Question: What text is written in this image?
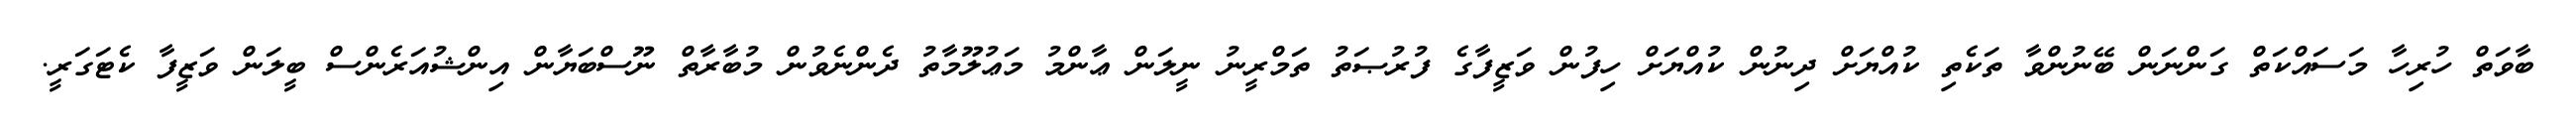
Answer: ބާވަތް ހުރިހާ މަސައްކަތް ގަންނަން ބޭނުންވާ ތަކެތި ކުއްޔަށް ދިނުން ކުއްޔަށް ހިފުން ވަޒީފާގެ ފުރުޞަތު ތަމްރީނު ނީލަން ޢާންމު މަޢުލޫމާތު ދެންނެވުން މުބާރާތް ނޫސްބަޔާން އިންޝުއަރެންސް ބީލަން ވަޒީފާ ކެޓަގަރީ.